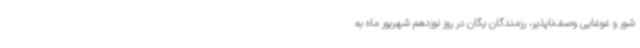
شور و غوغایی وصف‌ناپذیر، رزمندگان یگان در روز نوزدهم شهریور ماه به